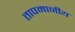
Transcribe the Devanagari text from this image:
तापमानीय